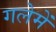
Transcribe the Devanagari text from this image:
गलेमें